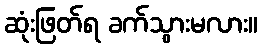
ဆုံးဖြတ်ရ ခက်သွားမလား။